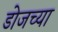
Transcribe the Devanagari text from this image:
डोजच्या